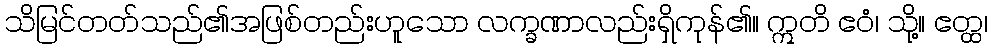
သိမြင်တတ်သည်၏အဖြစ်တည်းဟူသော လက္ခဏာလည်းရှိကုန်၏။ ဣတိ ဧဝံ၊ သို့။ ဧတ္ထ၊